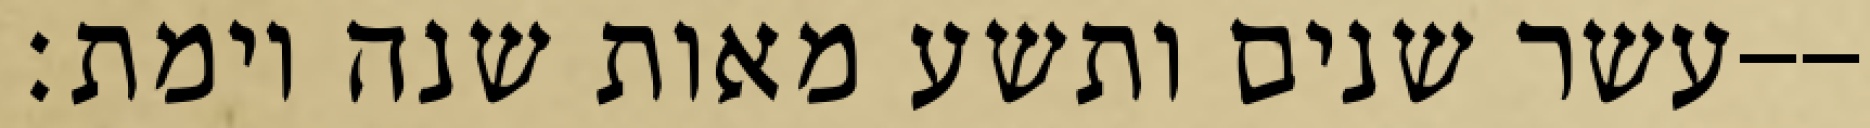
עשר שנים ותשע מאות שנה וימת׃--